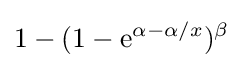
1-(1-\mathrm {e} ^{\alpha -\alpha /x})^{\beta }